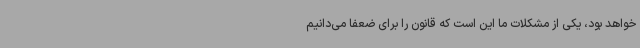
خواهد بود، یکی از مشکلات ما این است که قانون را برای ضعفا می‌دانیم